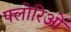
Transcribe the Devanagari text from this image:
फ्लोरिओ